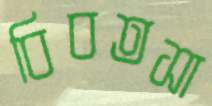
বিবতসা